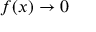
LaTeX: f ( x ) \rightarrow 0